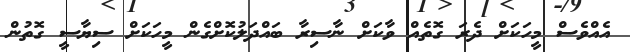
އެއްވެސް މީހަކަށް ދެރަ ގޮތެއް ވާކަށް ނާސިރާ ބައްދަލުކޮށްގެން މީހަކަށް ސިޔާސީ ގޮތުން